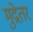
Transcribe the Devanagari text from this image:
मुद्रेतर